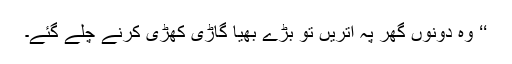
‘‘ وہ دونوں گھر پہ اتریں تو بڑے بھیا گاڑی کھڑی کرنے چلے گئے۔